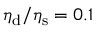
\eta _ { \mathrm { d } } / \eta _ { \mathrm { s } } = 0 . 1